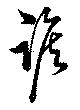
踞